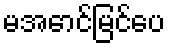
မအောင်မြင်ပေ